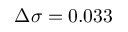
\Delta \sigma = 0 . 0 3 3